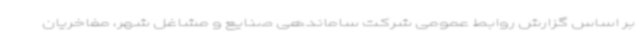
بر اساس گزارش روابط عمومی شرکت ساماندهی صنایع و مشاغل شهر، مفاخریان